Papers set at the Examination for Leaving Certificates, 1893
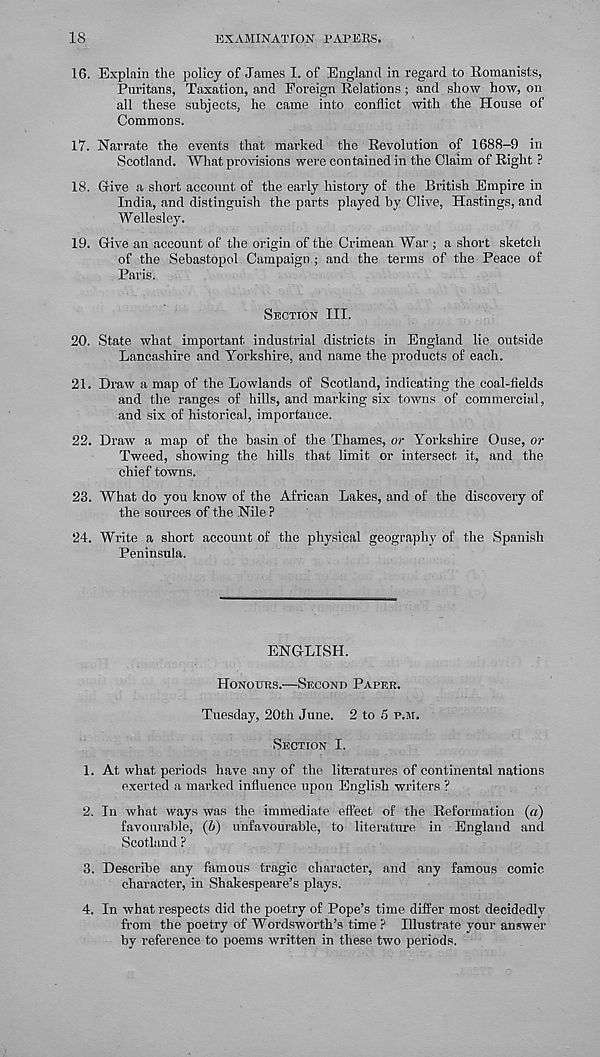
IS
EXAMINATION PAPERS.
16. Explain the policy of James I. of England in regard to Romanists,
Puritans, Taxation, and Foreign Relations; and show how, on
all these subjects, he came into conflict with the House of
Commons.
17. Narrate the events that marked the Revolution of 1688-9 in
Scotland. What provisions were contained in the Claim of Right ?
18. Give a short account of the early history of the British Empire in
India, and distinguish the parts played by Clive, Hastings, and
Wellesley.
19. Give an account of the origin of the Crimean War ; a short sketch
of the Sebastopol Campaign ; and the terms of the Peace of
Paris.
SECTION III.
20. State what important, industrial districts in England lie outside
Lancashire and Yorkshire, and name the products of each.
21. Draw a map of the Lowlands of Scotland, indicating the coal-fields
and the ranges of hills, and marking six towns of commercial,
and six of historical, importance.
22. Draw a map of the basin of the Thames, or Yorkshire Ouse, or
Tweed, showing the hills that limit or intersect it, and the
chief towns.
23. What do you know of the African Lakes, and of the discovery of
the sources of the Nile ?
24. Write a short account of the physical geography of the Spanish
Peninsula.
ENGLISH.
HONOURS.—SECOND PAPER.
Tuesday, 20th June. 2 to 5 P.M.
SECTION I.
1. At what periods have any of the literatures of continental nations
exerted a marked influence upon English writers ?
2. In what ways was the immediate effect of the Reformation (a)
favourable, (6) unfavourable, to literature in England and
Scotland ?
3. Describe any famous tragic character, and any famous comic
character, in Shakespeare’s plays.
4. In what respects did the poetry of Pope’s time differ most decidedly
from the poetry of Wordsworth’s time ? Illustrate your answer
by reference to poems written in these two periods.